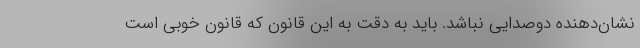
نشان‌دهنده دوصدایی نباشد. باید به دقت به این قانون که قانون خوبی است